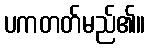
ပကတတ်မည်၏။